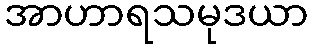
အာဟာရသမုဒယာ